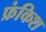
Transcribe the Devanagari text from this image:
फ्रंकिश